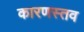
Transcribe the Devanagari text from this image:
कारणस्तव